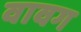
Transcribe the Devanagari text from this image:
वावग